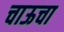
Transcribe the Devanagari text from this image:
चाऊचा